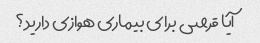
آیا قرصی برای بیماری هوازی دارید؟